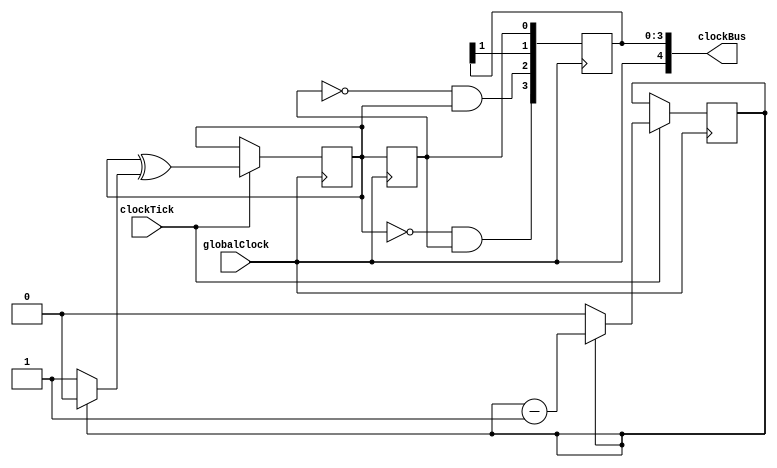
/******************************************************************************
 ** Logisim-evolution goes FPGA automatic generated Verilog code             **
 ** https://github.com/logisim-evolution/                                    **
 **                                                                          **
 ** Component : LogisimClockComponent                                        **
 **                                                                          **
 *****************************************************************************/

module LogisimClockComponent( clockBus,
                              clockTick,
                              globalClock );

   /*******************************************************************************
   ** Here all module parameters are defined with a dummy value                  **
   *******************************************************************************/
   parameter highTicks = 1;
   parameter lowTicks = 1;
   parameter nrOfBits = 1;
   parameter phase = 1;

   /*******************************************************************************
   ** The inputs are defined here                                                **
   *******************************************************************************/
   input clockTick;
   input globalClock;

   /*******************************************************************************
   ** The outputs are defined here                                               **
   *******************************************************************************/
   output [4:0] clockBus;

   /*******************************************************************************
   ** The wires are defined here                                                 **
   *******************************************************************************/
   wire                s_counterIsZero;
   wire [nrOfBits-1:0] s_counterNext;

   /*******************************************************************************
   ** The registers are defined here                                             **
   *******************************************************************************/
   reg [1:0]          s_bufferRegs;
   reg [nrOfBits-1:0] s_counterValue;
   reg [phase-1:0]    s_derivedClock;
   reg [3:0]          s_outputRegs;

   /*******************************************************************************
   ** The module functionality is described here                                 **
   *******************************************************************************/
   /*******************************************************************************
   ** The output signals are defined here; we synchronize them all on the main   **
   ** clock                                                                      **
   *******************************************************************************/

   assign clockBus = {globalClock,s_outputRegs};
   always @(posedge globalClock)
   begin
      s_bufferRegs[0] <= s_derivedClock[phase - 1];
      s_bufferRegs[1] <= ~s_derivedClock[phase - 1];
      s_outputRegs[0] <= s_bufferRegs[0];
      s_outputRegs[1] <= s_outputRegs[1];
      s_outputRegs[2] <= ~s_bufferRegs[0] & s_derivedClock[phase - 1];
      s_outputRegs[3] <= ~s_derivedClock[phase - 1] & s_bufferRegs[0];
   end

   /*******************************************************************************
   ** The control signals are defined here                                       **
   *******************************************************************************/
   assign s_counterIsZero = (s_counterValue == 0) ? 1'b1 : 1'b0;
   assign s_counterNext = (s_counterIsZero == 1'b0)
                          ? s_counterValue - 1
                          : (s_derivedClock[0] == 1'b1)
                             ? lowTicks - 1
                             : highTicks - 1;

   /*******************************************************************************
   ** The initial values are defined here (for simulation only)                  **
   *******************************************************************************/
   initial
   begin
      s_outputRegs = 0;
      s_derivedClock = 0;
      s_counterValue = 0;
   end

   /*******************************************************************************
   ** The state registers are defined here                                       **
   *******************************************************************************/
   integer n;
   always @(posedge globalClock)
   begin
      if (clockTick)
      begin
         s_derivedClock[0] <= s_derivedClock[0] ^ s_counterIsZero;
         for (n = 1; n < phase; n = n+1) begin
            s_derivedClock[n] <= s_derivedClock[n-1];
         end
      end
   end

   always @(posedge globalClock)
   begin
      if (clockTick)
      begin
         s_counterValue <= s_counterNext;
      end
   end

endmodule